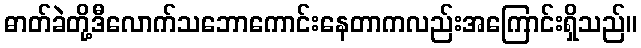
ဓာတ်ခဲတို့ဒီလောက်သဘောကောင်းနေတာကလည်းအကြောင်းရှိသည်။